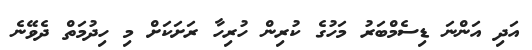
އަދި އަންނަ ޑިސެމްބަރު މަހުގެ ކުރިން ހުރިހާ ރަށަކަށް މި ހިދުމަތް ދެވޭނެ